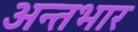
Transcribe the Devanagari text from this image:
अन्तभार